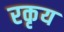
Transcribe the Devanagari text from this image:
रकृय